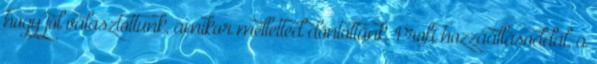
hogy jól választottunk, amikor melletted döntöttünk. Profi hozzáállásoddal, a